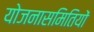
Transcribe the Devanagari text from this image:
योजनासमितियों